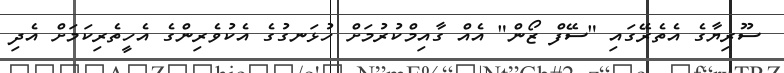
ސޫރިޔާގެ އެތެރޭގައި "ސޭފް ޒޯން" އެއް ގާއިމްކުރުމަށް ހުޅަނގުގެ އެކުވެރިންގެ އެހީތެރިކަމަށް އެދި